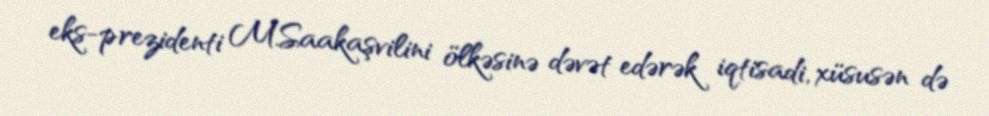
eks-prezidenti M.Saakaşvilini ölkəsinə dəvət edərək iqtisadi, xüsusən də